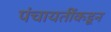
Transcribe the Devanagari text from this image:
पंचायतींकडून